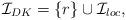
LaTeX: \begin{align*} \mathcal{I}_{DK}=\{r\}\cup \mathcal{I}_{loc},\end{align*}